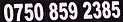
0750 859 2385